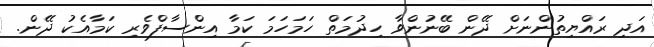
އަދި ރައްޔިތުންނަށް ދޭން ބޭނުންވާ ހިދުމަތް ހަމަހަމަ ކަމާ އިންސާފްވެރި ކަމާއެކު ދޭން.